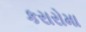
કરારોમા